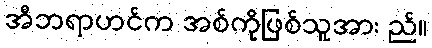
အီဘရာဟင်က အစ်ကိုဖြစ်သူအား ည်။